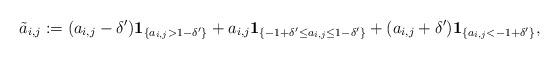
LaTeX: \begin{align*}\tilde a_{i,j}:=(a_{i,j}-\delta')\mathbf{1}_{\{a_{i,j}>1-\delta'\}}+a_{i,j}\mathbf{1}_{\{-1+\delta'\leq a_{i,j}\leq 1-\delta'\}}+(a_{i,j}+\delta')\mathbf{1}_{\{a_{i,j}< -1+\delta'\}},\end{align*}